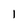
Character: 1